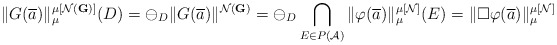
\begin{align*}\|G(\overline{a})\|_{\mu}^{\mu[\mathcal{N}(\mathbf{G})]} (D) = \ominus_D \|G(\overline{a})\|^{\mathcal{N}(\mathbf{G})} = \ominus_D \bigcap_{E\in P(\mathcal{A})} \|\varphi(\overline{a})\|_{\mu}^{\mu[\mathcal{N}]}(E) = \|\Box \varphi(\overline{a})\|_{\mu}^{\mu[\mathcal{N}]} \end{align*}